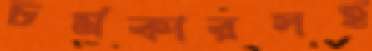
চর্মকারসহ